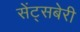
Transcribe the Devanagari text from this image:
सेंट्सबेरी